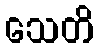
သေတိ